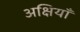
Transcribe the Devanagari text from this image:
अक्षियाँ